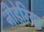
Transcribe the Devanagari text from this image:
नीडेरिया